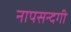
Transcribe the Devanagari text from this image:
नापसन्दगी